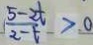
\frac { 5 - 2 t } { 2 - t } > 0